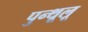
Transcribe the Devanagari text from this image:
पुन्थूलू